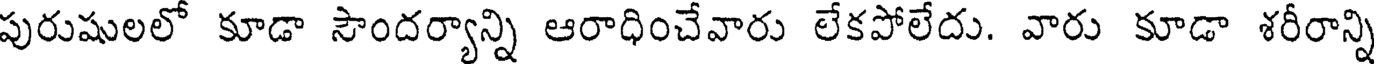
పురుషులలో కూడా సౌందర్యాన్ని ఆరాధించేవారు లేకపోలేదు. వారు కూడా శరీరాన్ని